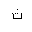
Letter: _tha